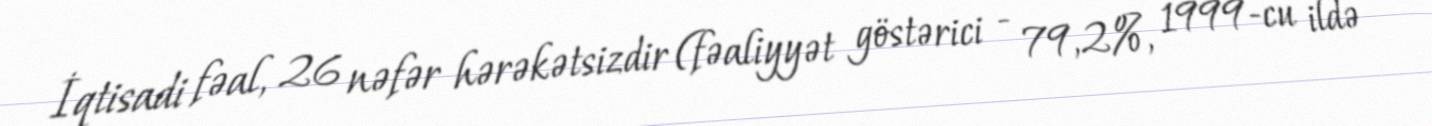
İqtisadi fəal, 26 nəfər hərəkətsizdir (fəaliyyət göstərici - 79,2%, 1999-cu ildə